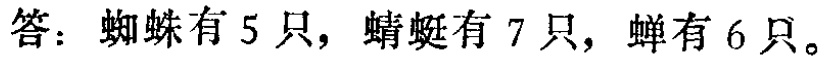
答：蜘蛛有 5 只，蜻蜓有 7 只，蝉有 6 只。